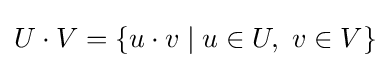
U\cdot V=\{u\cdot v\mid u\in U,\ v\in V\}